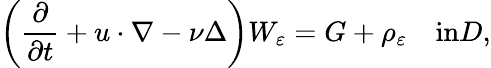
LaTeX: \left(\frac{\partial}{\partial t}+u\cdot\nabla-\nu\Delta\right)W_{\varepsilon}=G+\rho_{\varepsilon}\quad\textrm{in}D,